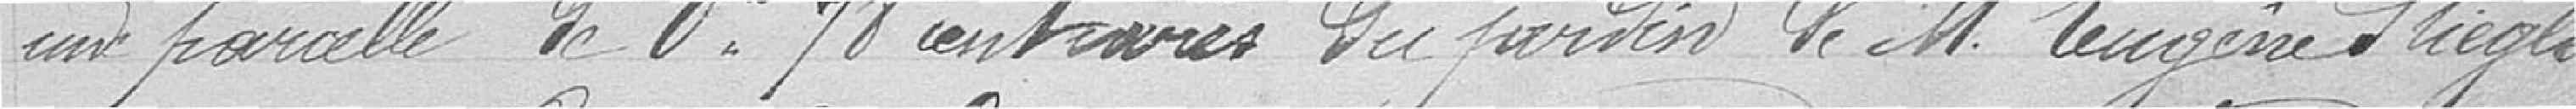
une parcelle de 0are 78 centiares du jardin de Monsieur Eugène STIEGLER,